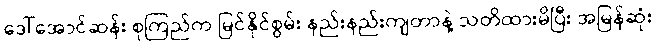
ဒေါ်အောင်ဆန်း စုကြည်က မြင်နိုင်စွမ်း နည်းနည်းကျတာနဲ့ သတိထားမိပြီး အမြန်ဆုံး